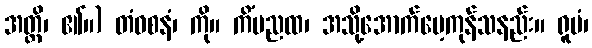
အတ္ထိ၊ ၏။) တံဝစနံ၊ ကို။ ကိံမညထ၊ အသို့အောက်မေ့ကုန်သနည်း။ ရူပံ၊